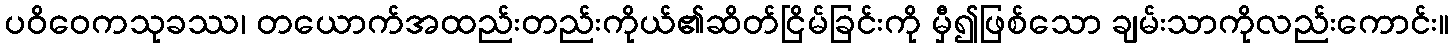
ပဝိဝေကသုခဿ၊ တယောက်အထည်းတည်းကိုယ်၏ဆိတ်ငြိမ်ခြင်းကို မှီ၍ဖြစ်သော ချမ်းသာကိုလည်းကောင်း။